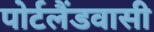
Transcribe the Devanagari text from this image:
पोर्टलैंडवासी